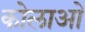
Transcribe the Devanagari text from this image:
कोलाओ